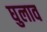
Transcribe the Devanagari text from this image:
घुलाव